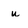
Character: u